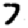
Digit: 7